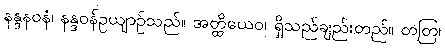
နန္ဒနဝနံ၊ နန္ဒဝန်ဥယျာဉ်သည်။ အတ္ထိယေဝ၊ ရှိသည်ချည်းတည်။ တတြ၊